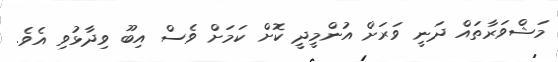
މަޝްވަރާތައް ދަނީ ވަރަށް އުންމީދީ ކޮށް ކަމަށް ވެސް އިބޫ ވިދާޅުވި އެވެ.